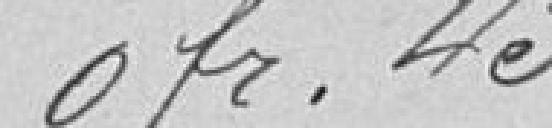
0 franc 45